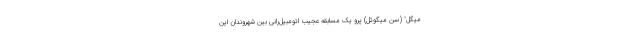
میگل" (سن میگوئل) پرو یک مسابقه عجیب اتومبیل‌رانی بین شهروندان این